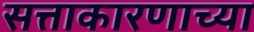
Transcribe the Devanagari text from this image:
सत्ताकारणाच्या